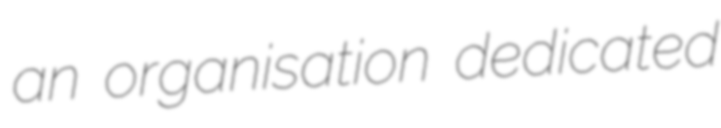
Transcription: an organisation dedicated